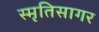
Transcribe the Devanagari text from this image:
स्मृतिसागर